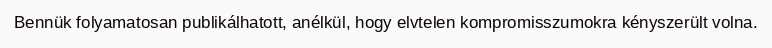
Bennük folyamatosan publikálhatott, anélkül, hogy elvtelen kompromisszumokra kényszerült volna.